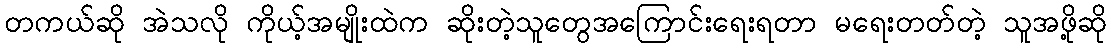
တကယ်ဆို အဲသလို ကိုယ့်အမျိုးထဲက ဆိုးတဲ့သူတွေအကြောင်းရေးရတာ မရေးတတ်တဲ့ သူအဖို့ဆို